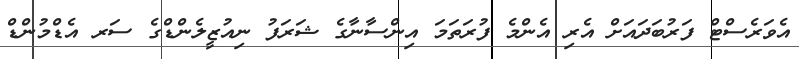
އެވަރެސްޓް ފަރުބަދައަށް އެރި އެންމެ ފުރަތަމަ އިންސާނާގެ ޝަރަފު ނިއުޒީލެންޑްގެ ސަރ އެޑްމުންޑް